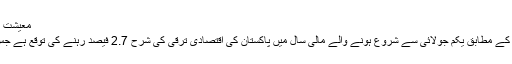
معیشت اور سرمایہ کاروں کا عدم اعتماد
عالمی کریڈٹ ریٹنگ ایجنسی فچ کے مطابق یکم جولائی سے شروع ہونے والے مالی سال میں پاکستان کی اقتصادی ترقی کی شرح 2.7 فیصد رہنے کی توقع ہے جس سے مہنگائی میں اضافہ ہو گا۔